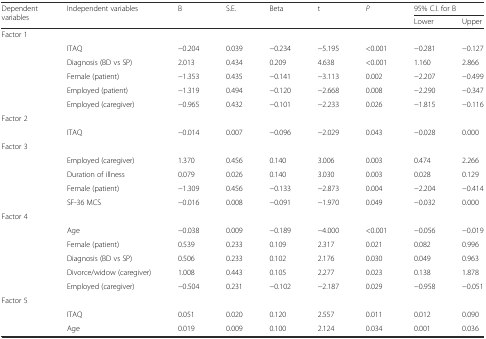
<table><thead><tr><td rowspan="2"><b>Dependent variables</b></td><td rowspan="2"><b>Independent variables</b></td><td rowspan="2"><b>B</b></td><td rowspan="2"><b>S.E.</b></td><td rowspan="2"><b>Beta</b></td><td rowspan="2"><b>t</b></td><td rowspan="2"><b><i>P</i></b></td><td colspan="2"><b>95% C.I. for B</b></td></tr><tr><td><b>Lower</b></td><td><b>Upper</b></td></tr></thead><tbody><tr><td colspan="9">Factor 1</td></tr><tr><td></td><td>ITAQ</td><td>−0.204</td><td>0.039</td><td>−0.234</td><td>−5.195</td><td>&lt;0.001</td><td>−0.281</td><td>−0.127</td></tr><tr><td></td><td>Diagnosis (BD vs SP)</td><td>2.013</td><td>0.434</td><td>0.209</td><td>4.638</td><td>&lt;0.001</td><td>1.160</td><td>2.866</td></tr><tr><td></td><td>Female (patient)</td><td>−1.353</td><td>0.435</td><td>−0.141</td><td>−3.113</td><td>0.002</td><td>−2.207</td><td>−0.499</td></tr><tr><td></td><td>Employed (patient)</td><td>−1.319</td><td>0.494</td><td>−0.120</td><td>−2.668</td><td>0.008</td><td>−2.290</td><td>−0.347</td></tr><tr><td></td><td>Employed (caregiver)</td><td>−0.965</td><td>0.432</td><td>−0.101</td><td>−2.233</td><td>0.026</td><td>−1.815</td><td>−0.116</td></tr><tr><td colspan="9">Factor 2</td></tr><tr><td></td><td>ITAQ</td><td>−0.014</td><td>0.007</td><td>−0.096</td><td>−2.029</td><td>0.043</td><td>−0.028</td><td>0.000</td></tr><tr><td colspan="9">Factor 3</td></tr><tr><td></td><td>Employed (caregiver)</td><td>1.370</td><td>0.456</td><td>0.140</td><td>3.006</td><td>0.003</td><td>0.474</td><td>2.266</td></tr><tr><td></td><td>Duration of illness</td><td>0.079</td><td>0.026</td><td>0.140</td><td>3.030</td><td>0.003</td><td>0.028</td><td>0.129</td></tr><tr><td></td><td>Female (patient)</td><td>−1.309</td><td>0.456</td><td>−0.133</td><td>−2.873</td><td>0.004</td><td>−2.204</td><td>−0.414</td></tr><tr><td></td><td>SF-36 MCS</td><td>−0.016</td><td>0.008</td><td>−0.091</td><td>−1.970</td><td>0.049</td><td>−0.032</td><td>0.000</td></tr><tr><td colspan="9">Factor 4</td></tr><tr><td></td><td>Age</td><td>−0.038</td><td>0.009</td><td>−0.189</td><td>−4.000</td><td>&lt;0.001</td><td>−0.056</td><td>−0.019</td></tr><tr><td></td><td>Female (patient)</td><td>0.539</td><td>0.233</td><td>0.109</td><td>2.317</td><td>0.021</td><td>0.082</td><td>0.996</td></tr><tr><td></td><td>Diagnosis (BD vs SP)</td><td>0.506</td><td>0.233</td><td>0.102</td><td>2.176</td><td>0.030</td><td>0.049</td><td>0.963</td></tr><tr><td></td><td>Divorce/widow (caregiver)</td><td>1.008</td><td>0.443</td><td>0.105</td><td>2.277</td><td>0.023</td><td>0.138</td><td>1.878</td></tr><tr><td></td><td>Employed (caregiver)</td><td>−0.504</td><td>0.231</td><td>−0.102</td><td>−2.187</td><td>0.029</td><td>−0.958</td><td>−0.051</td></tr><tr><td colspan="9">Factor 5</td></tr><tr><td></td><td>ITAQ</td><td>0.051</td><td>0.020</td><td>0.120</td><td>2.557</td><td>0.011</td><td>0.012</td><td>0.090</td></tr><tr><td></td><td>Age</td><td>0.019</td><td>0.009</td><td>0.100</td><td>2.124</td><td>0.034</td><td>0.001</td><td>0.036</td></tr></tbody></table>